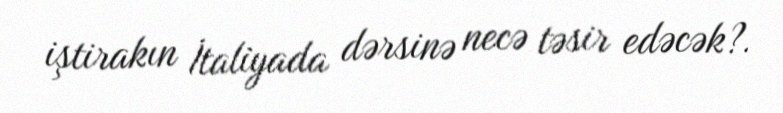
iştirakın İtaliyada dərsinə necə təsir edəcək?.